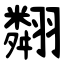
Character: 翷